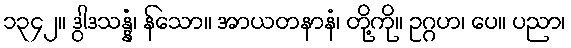
၁၃၄၂။ ဒွါဒသန္နံ၊ န်သော။ အာယတနာနံ၊ တို့ကို။ ဥဂ္ဂဟ၊ ပေ။ ပညာ၊